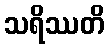
သရိဿတိ